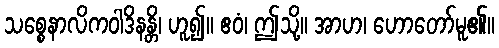
သစ္စေနာလိကဝါဒိနန္တိ၊ ဟူ၍။ ဧဝံ၊ ဤသို့။ အာဟ၊ ဟောတော်မူ၏။